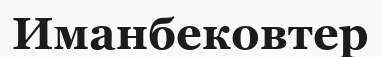
Иманбековтер